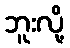
ဘူးလို့